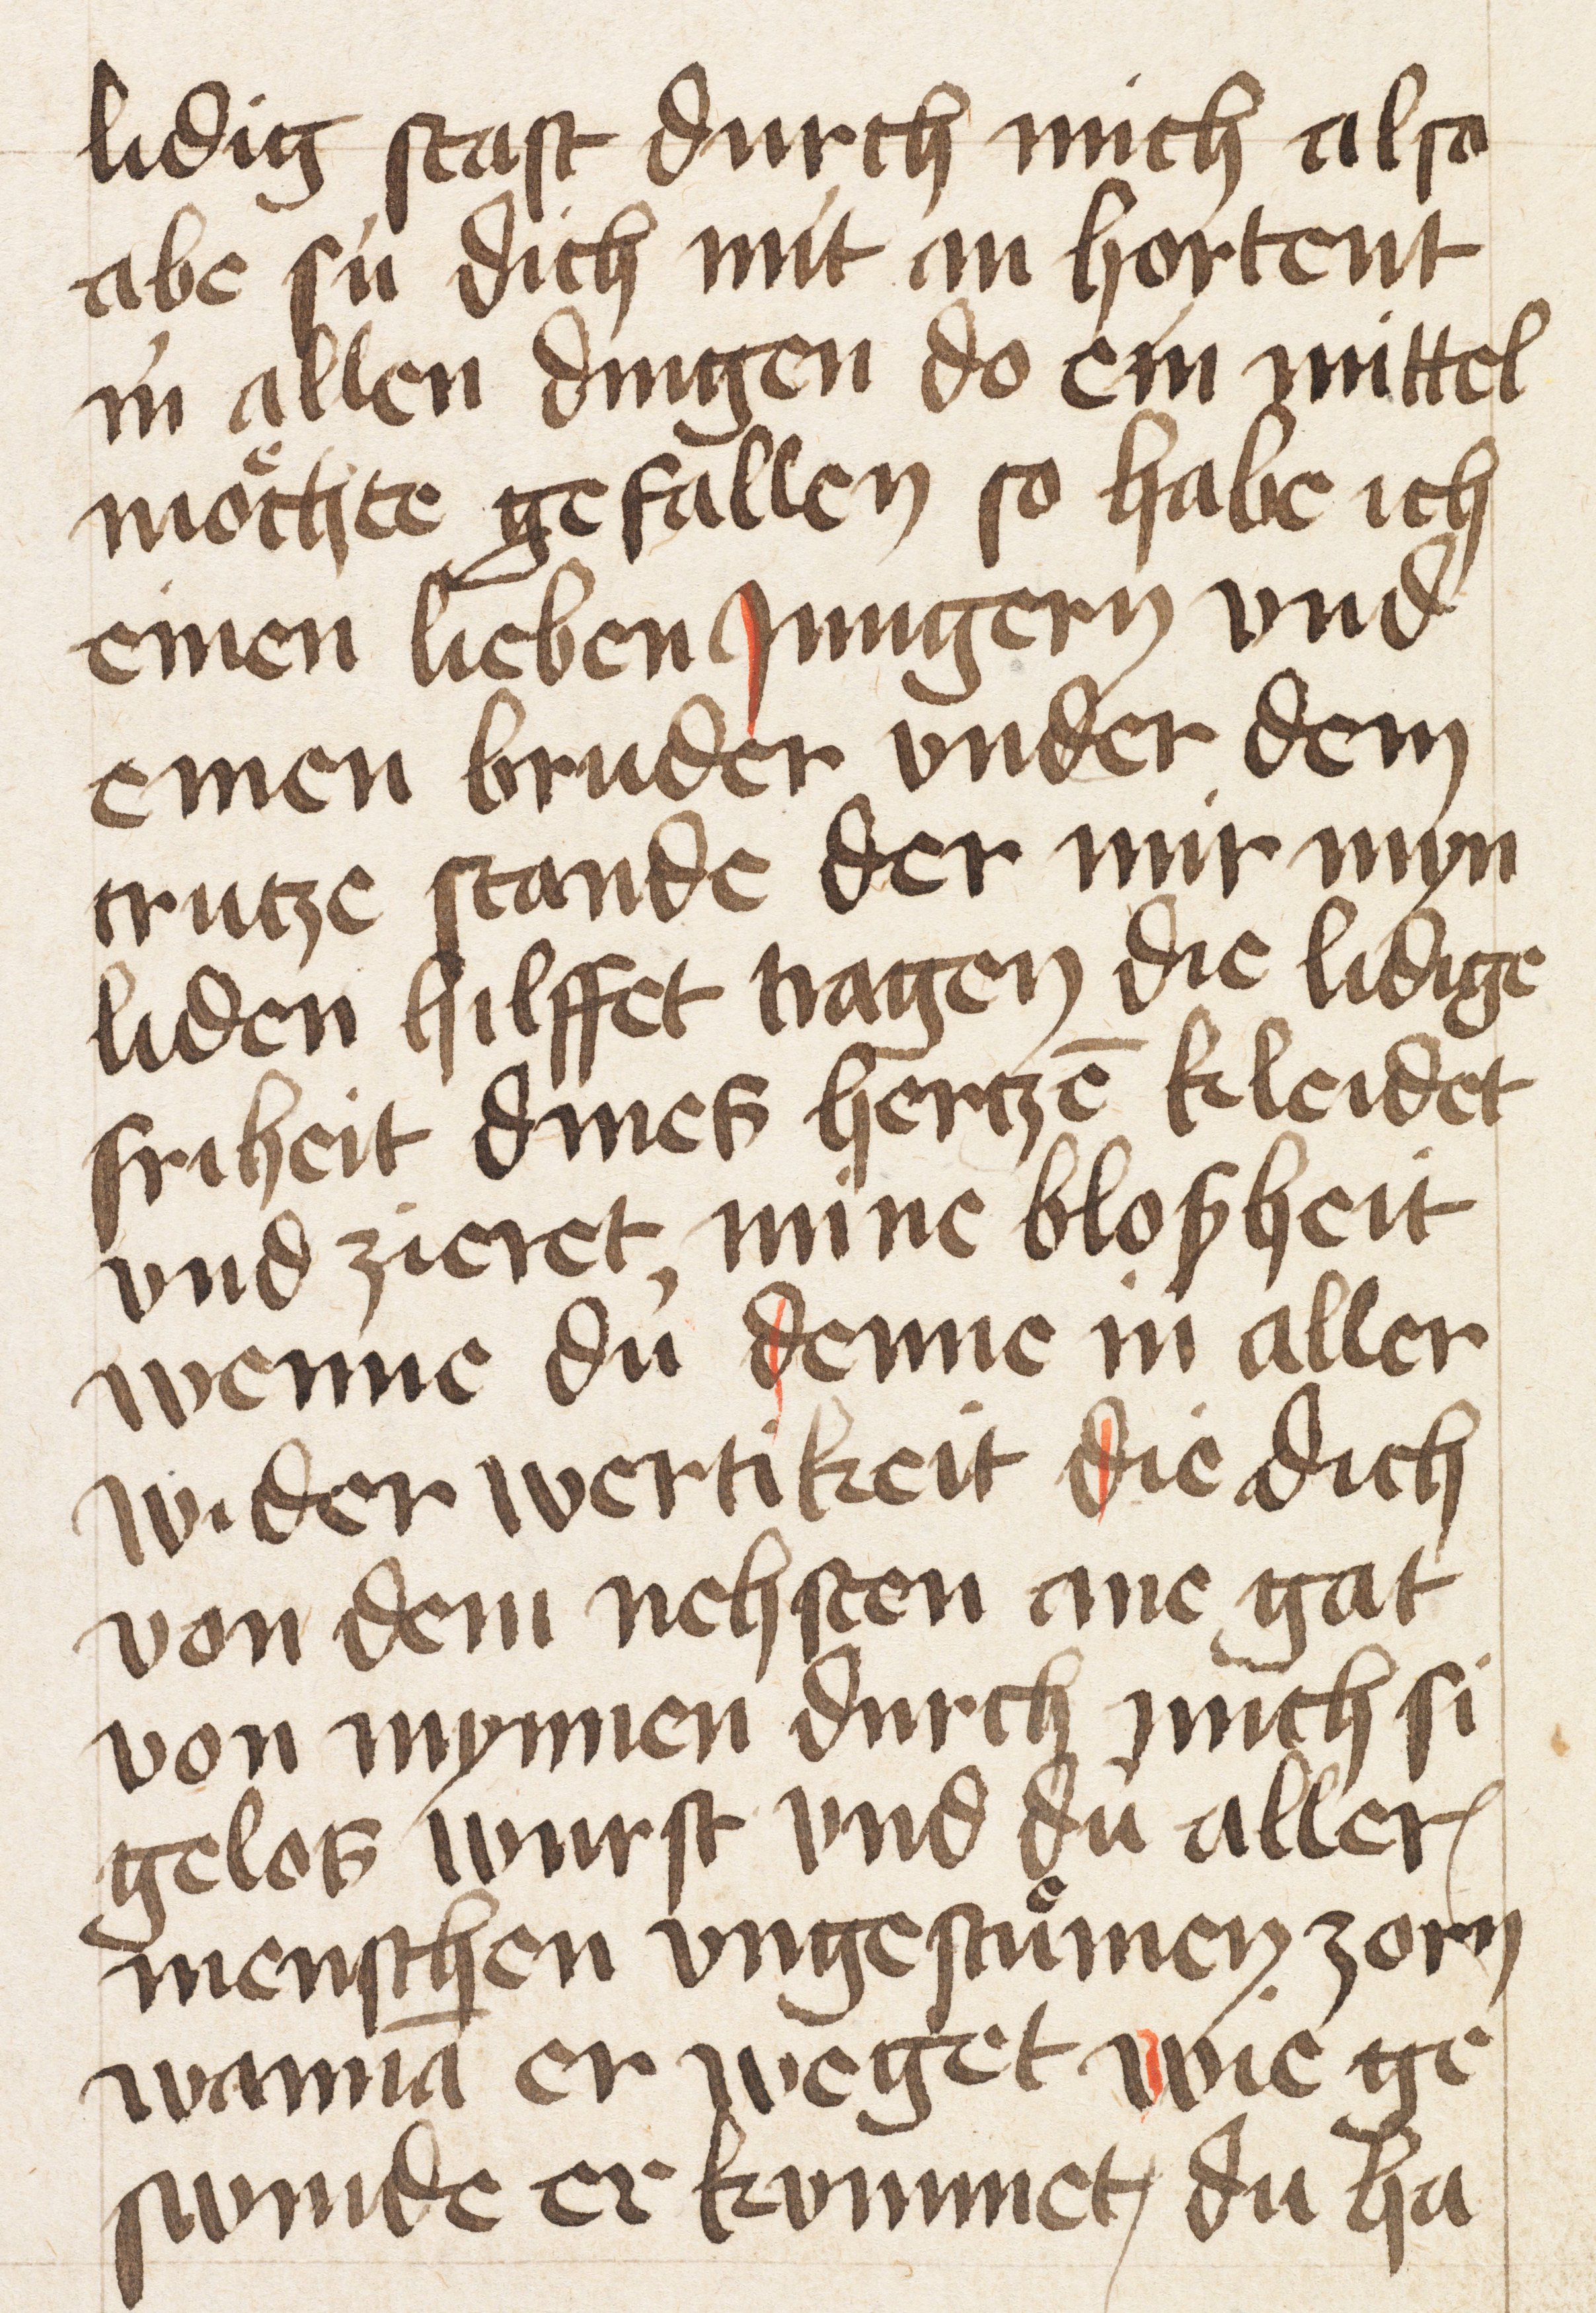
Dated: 1400–1499